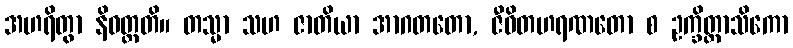
အဟရိတွာ နိဝတ္တတိ။ တသ္မာ သဟ ဇာတိယာ အာဂတတော, ဇီဝိတဟရဏတော စ ဥက္ခိတ္တာသိကော